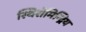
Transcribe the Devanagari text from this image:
स्थिरोमिन्द्रिय